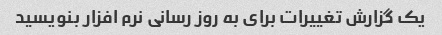
یک گزارش تغییرات برای به روز رسانی نرم افزار بنویسید